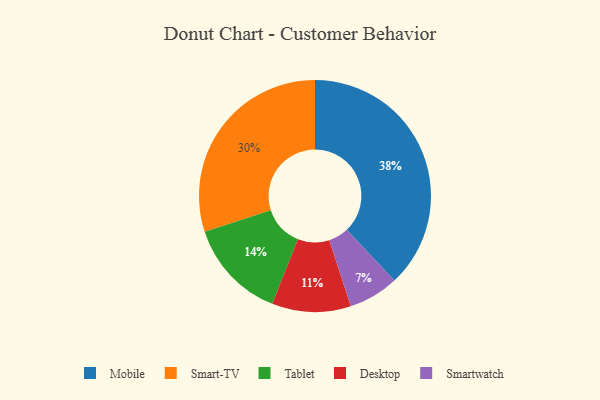
{"axis": {"x": "Category", "y": "Percentage"}, "legend": ["Desktop", "Mobile", "Smart-TV", "Smartwatch", "Tablet"], "data": [{"x": "Smart-TV", "y": 30, "type": "Smart-TV"}, {"x": "Mobile", "y": 38, "type": "Mobile"}, {"x": "Desktop", "y": 11, "type": "Desktop"}, {"x": "Smartwatch", "y": 7, "type": "Smartwatch"}, {"x": "Tablet", "y": 14, "type": "Tablet"}]}